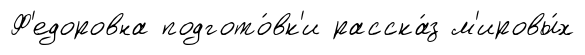
Ф'едоровна подгото́вк'и расска́з м'ировы́х